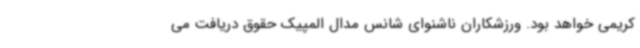
کریمی خواهد بود. ورزشکاران ناشنوای شانس مدال المپیک حقوق دریافت می